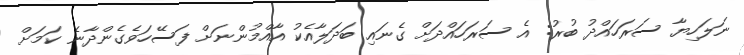
ނަލަހިޔާ ސަރަހައްދު ބުރު: އެ ސަރަހައްދަށް ގެނައި ބަދަލާއެކު އާއްމުންނަށް ފަސޭހަވެެގެންދާނެ ކަަމަށް